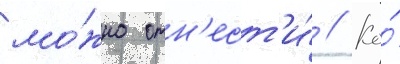
мо́жно отн'ест'и́ // Ко́